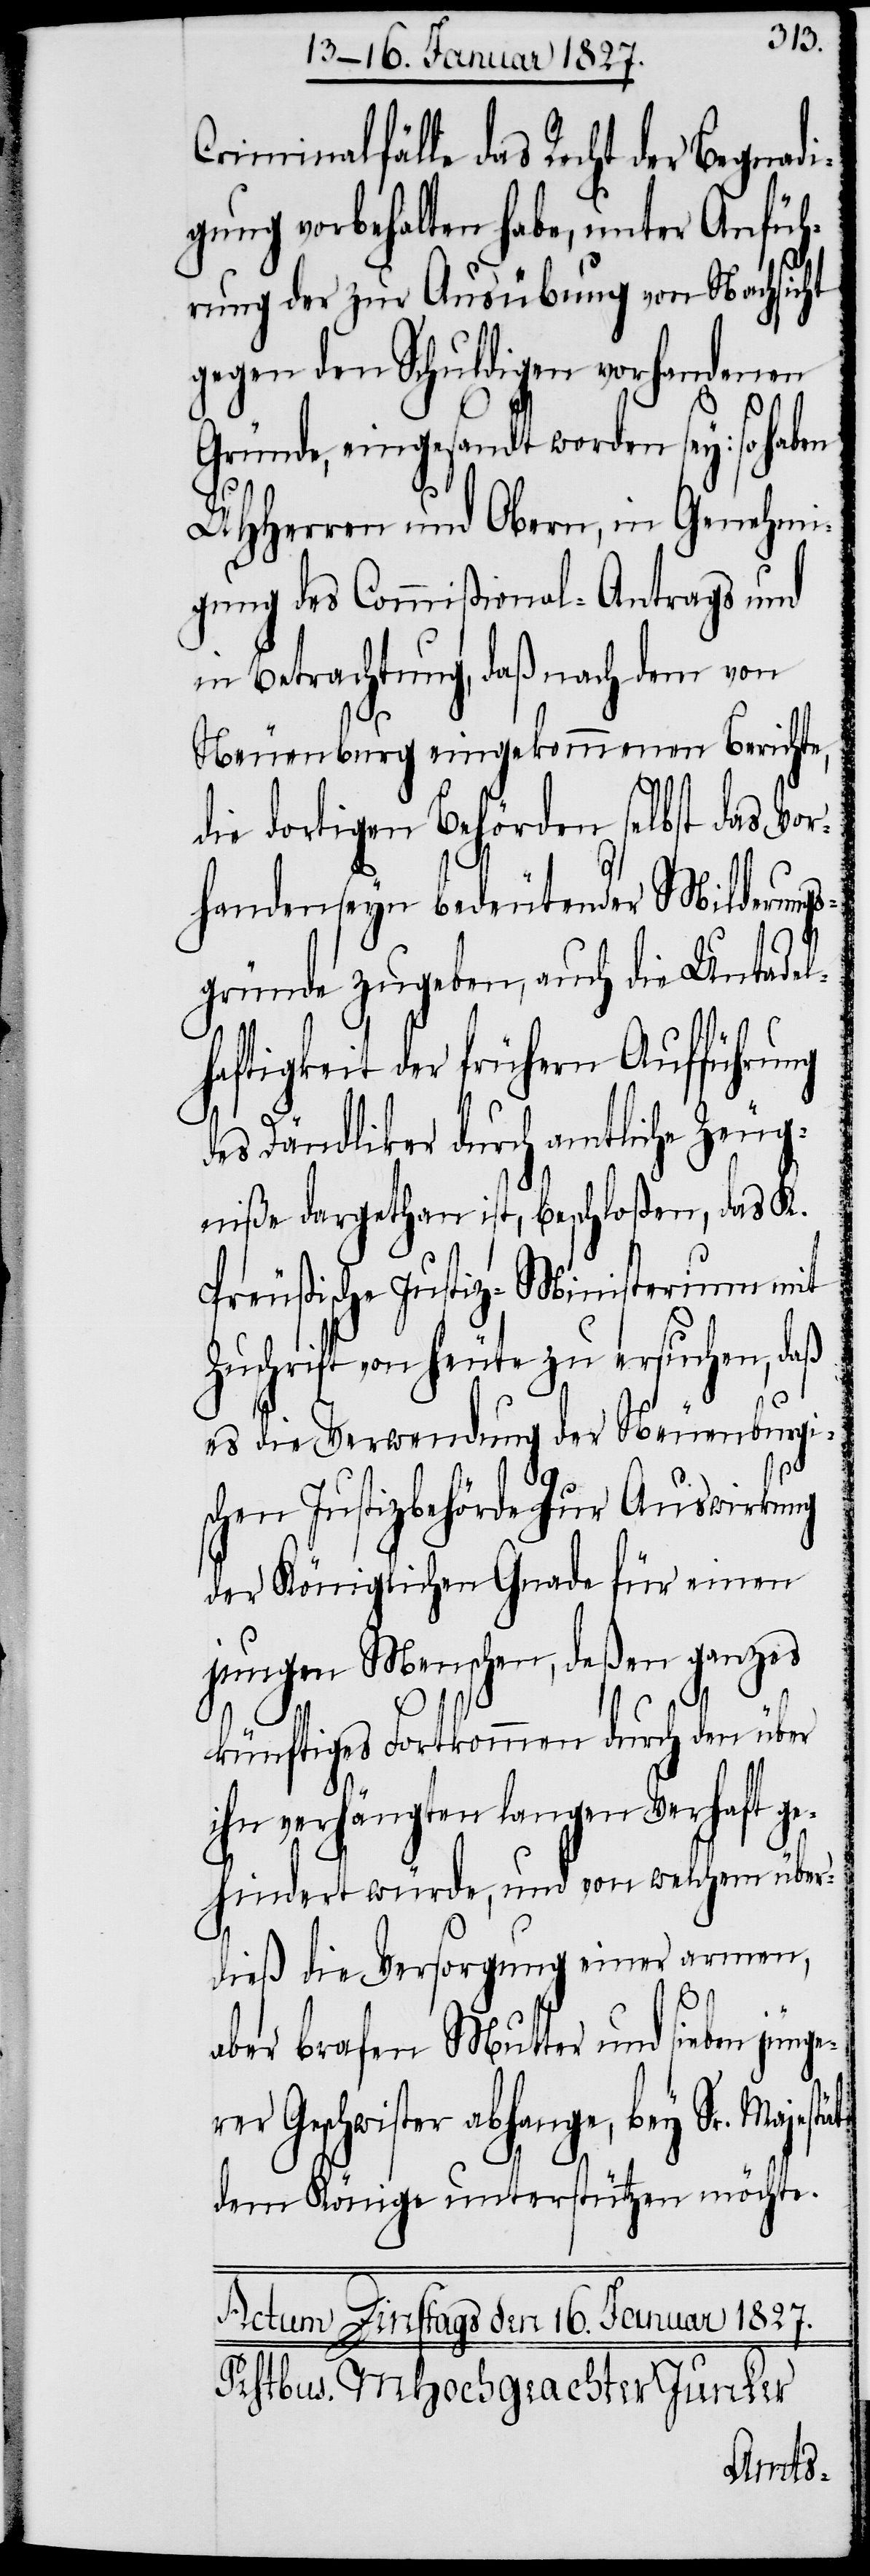
Criminalfälle das Recht der Begnadi¬
gung vorbehalten habe, unter Anfüh¬
rung der zur Ausübung von Nachsicht
gegen den Schuldigen vorhandenen
Gründe, eingesandt worden sey: so hab¬
UHHerren und Obern, in Genehmi¬
gung des Commißional-Antrags und
in Betrachtung, daß nach dem von
Neuenburg eingekommenen Berichte,
die dortigen Behörden selbst das Vor¬
handenseyn bedeutender Milderungs¬
gründe zugeben, auch die Untadel¬
haftigkeit der frühern Aufführung
des Dändliker durch amtliche Zeug¬
niße dargethan ist, beschloßen, das K.
Preußische Justiz-Ministerium mit
uschrift von heute zu ersuchen, daß
es die Verwendung der Neuenburgis¬
chen Justizbehörde zur Auswirkung
der Königlichen Gnade für einen
jungen Menschen, deßen ganzes
ät
künftiges Fortkommen durch den über
ihn verhängten langen Verhaft g¬
ehindert würde, und von welchem über¬
dieß die Versorgung einer armen,
aber brafen Mutter und sieben jünger¬
er Geschwister abhange, bey Sr. Majest¬
dem Könige unterstützen möchte.